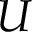
U